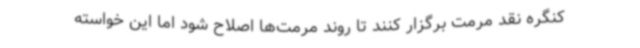
کنگره نقد مرمت برگزار کنند تا روند مرمت‌ها اصلاح شود اما این خواسته